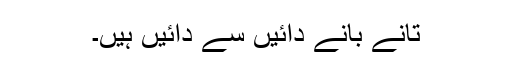
تانے بانے دائیں سے دائیں ہیں۔